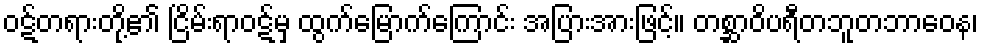
ဝဋ်တရားတို့၏ ငြိမ်းရာဝဋ်မှ ထွက်မြောက်ကြောင်း အပြားအားဖြင့်။ တစ္ဆာဝိပရီတဘူတဘာဝေန၊